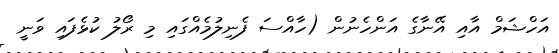
އަހްޝަމް އާއި އޭނާގެ އަންހެނުން (ހާއްސަ ފެނިލުމެއްގައި މި ރޯލު ކުޅެފައި ވަނީ